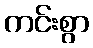
ကင်းစွာ